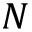
N